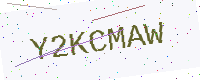
Text: Y2KCMAW